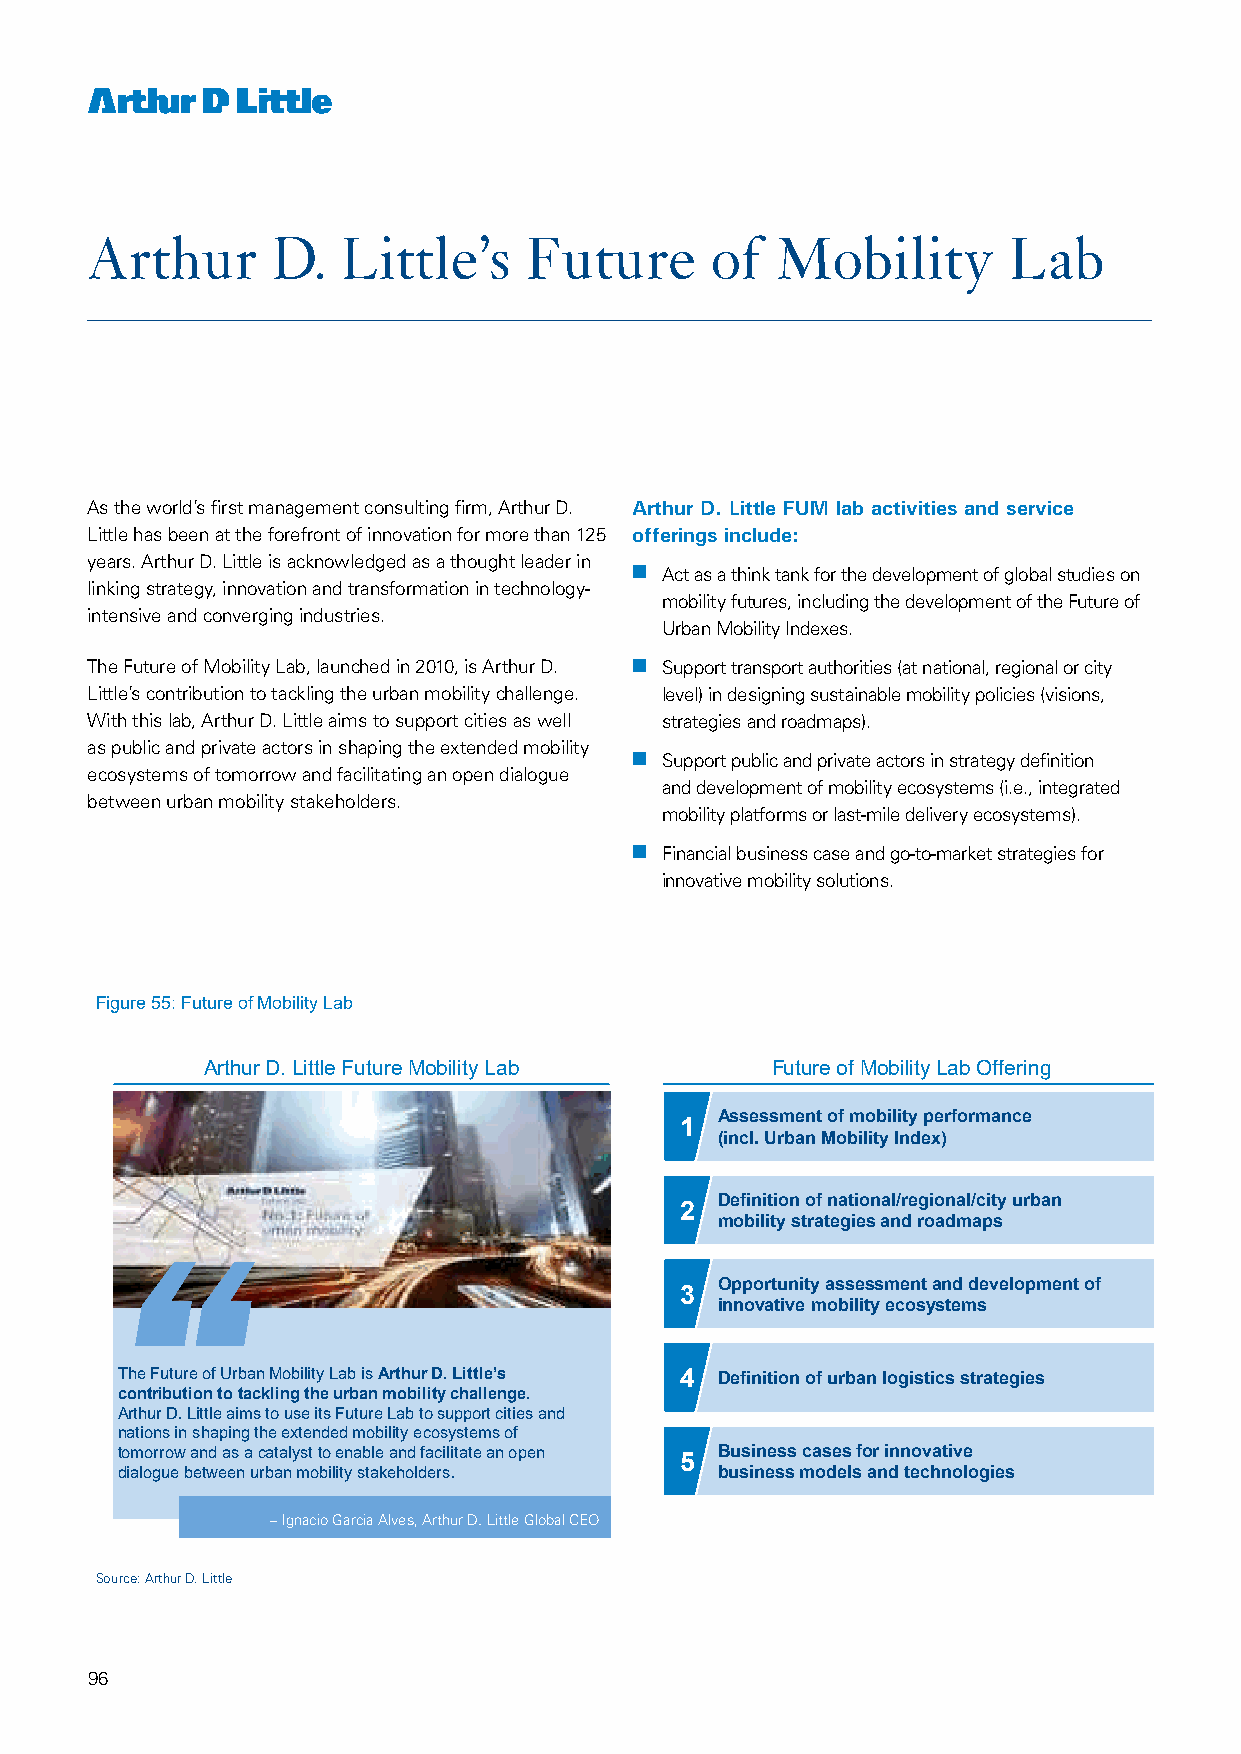
Arthur      D.   Little’s    Future      of  Mobility        Lab
 As the world’s first management consulting firm, Arthur D. Arthur D. Little FUM lab activities and service
 Little has been at the forefront of innovation for more than 125 offerings include:
 years. Arthur D. Little is acknowledged as a thought leader in
 nn Act as a think tank for the development of global studies on
 linking strategy, innovation and transformation in technology-
 mobility futures, including the development of the Future of
 intensive and converging industries.
 Urban Mobility Indexes.
 The Future of Mobility Lab, launched in 2010, is Arthur D. nn Support transport authorities (at national, regional or city
 Little’s contribution to tackling the urban mobility challenge. level) in designing sustainable mobility policies (visions,
 With this lab, Arthur D. Little aims to support cities as well strategies and roadmaps).
 as public and private actors in shaping the extended mobility
 nn Support public and private actors in strategy definition
 ecosystems of tomorrow and facilitating an open dialogue
 and development of mobility ecosystems (i.e., integrated
 between urban mobility stakeholders.
 mobility platforms or last-mile delivery ecosystems).
 nn Financial business case and go-to-market strategies for
 innovative mobility solutions.
 Figure 55: Future of Mobility Lab
 Arthur D. Little Future Mobility Lab  Future of Mobility Lab Offering
 Assessment of mobility performance
 1
 (incl. Urban Mobility Index)
 Definition of national/regional/city urban
 2
 mobility strategies and roadmaps
 “
 Opportunity assessment and development of
 3
 innovative mobility ecosystems
 The Future of Urban Mobility Lab is Arthur D. Little’s 4 Definition of urban logistics strategies
 contribution to tacklingthe urban mobility challenge.
 Arthur D. Little aims to use its Future Lab to support cities and
 nations in shaping the extended mobility ecosystems of
 tomorrow and as a catalystto enable and facilitate an open Business cases for innovative
 5
 dialogue between urban mobility stakeholders. business models and technologies
 –Ignacio Garcia Alves, Arthur D. Little Global CEO
 Source: Arthur D. Little
 96
 56